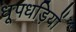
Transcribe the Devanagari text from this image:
धूपधड़ियों